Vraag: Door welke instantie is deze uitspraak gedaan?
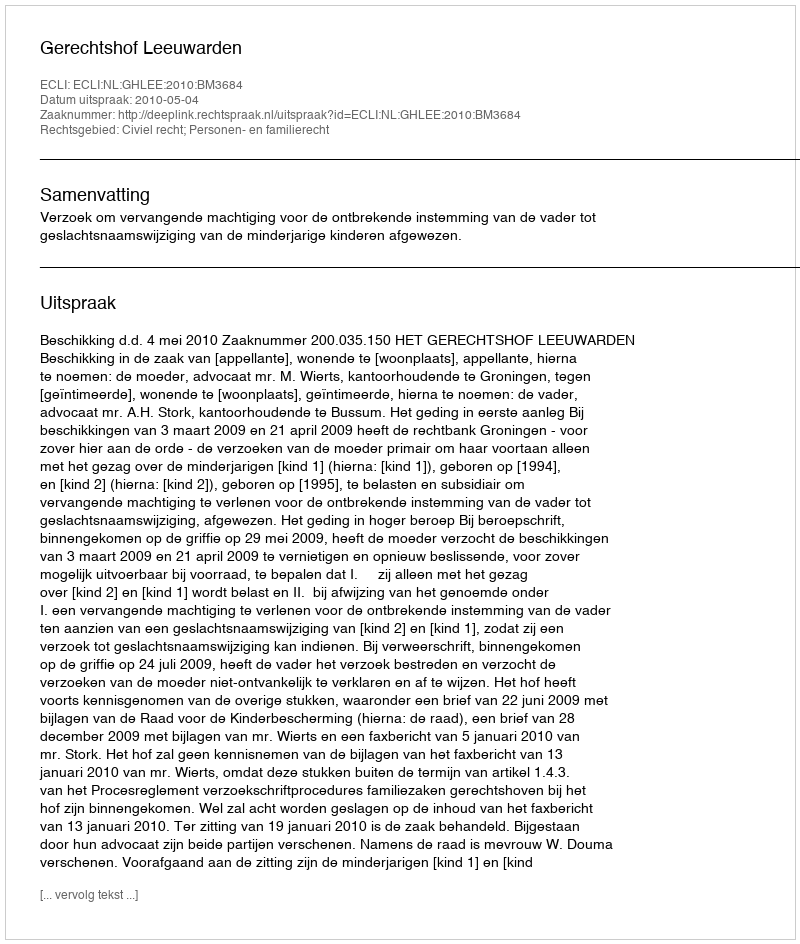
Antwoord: Gerechtshof Leeuwarden